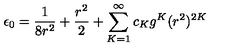
\epsilon _ { 0 } = \frac { 1 } { 8 r ^ { 2 } } + \frac { r ^ { 2 } } { 2 } + \sum _ { K = 1 } ^ { \infty } c _ { K } g ^ { K } ( r ^ { 2 } ) ^ { 2 K }